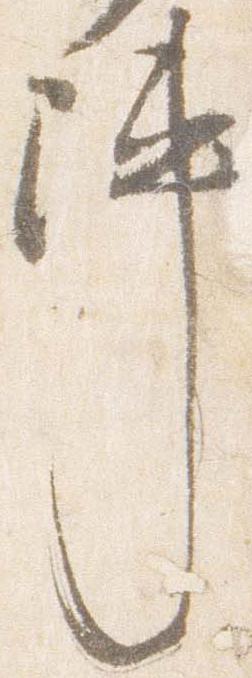
陣